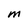
Character: M